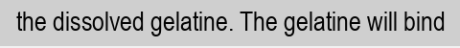
the dissolved gelatine. The gelatine will bind